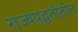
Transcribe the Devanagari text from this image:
राज्यपद्धतीतील